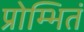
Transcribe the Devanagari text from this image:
प्रोम्भितं